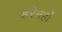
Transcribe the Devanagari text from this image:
हरेनहीं